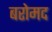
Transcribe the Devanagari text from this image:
बरोमद